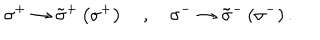
\sigma ^ { + } \rightarrow \tilde { \sigma } ^ { + } \left( \sigma ^ { + } \right) \, \, \, \, \, \, , \, \, \, \, \, \, \sigma ^ { - } \rightarrow \tilde { \sigma } ^ { - } \left( \sigma ^ { - } \right) .